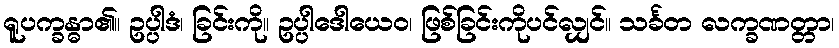
ရူပက္ခန္ဓာ၏။ ဥပ္ပါဒံ၊ ခြင်းကို။ ဥပ္ပါဒေါယေဝ၊ ဖြစ်ခြင်းကိုပင်လျှင်။ သင်္ခတ လက္ခဏတ္တာ၊